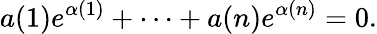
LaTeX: a(1)e^{\alpha(1)}+\cdots+a(n)e^{\alpha(n)}=0.